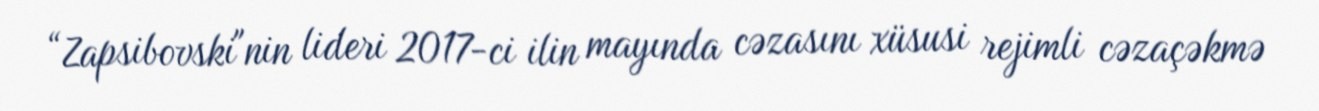
“Zapsibovski"nin lideri 2017-ci ilin mayında cəzasını xüsusi rejimli cəzaçəkmə